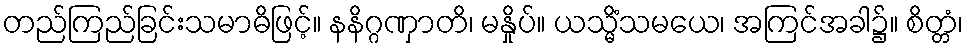
တည်ကြည်ခြင်းသမာဓိဖြင့်။ နနိဂ္ဂဏှာတိ၊ မနှိုပ်။ ယသ္မိံသမယေ၊ အကြင်အခါ၌။ စိတ္တံ၊